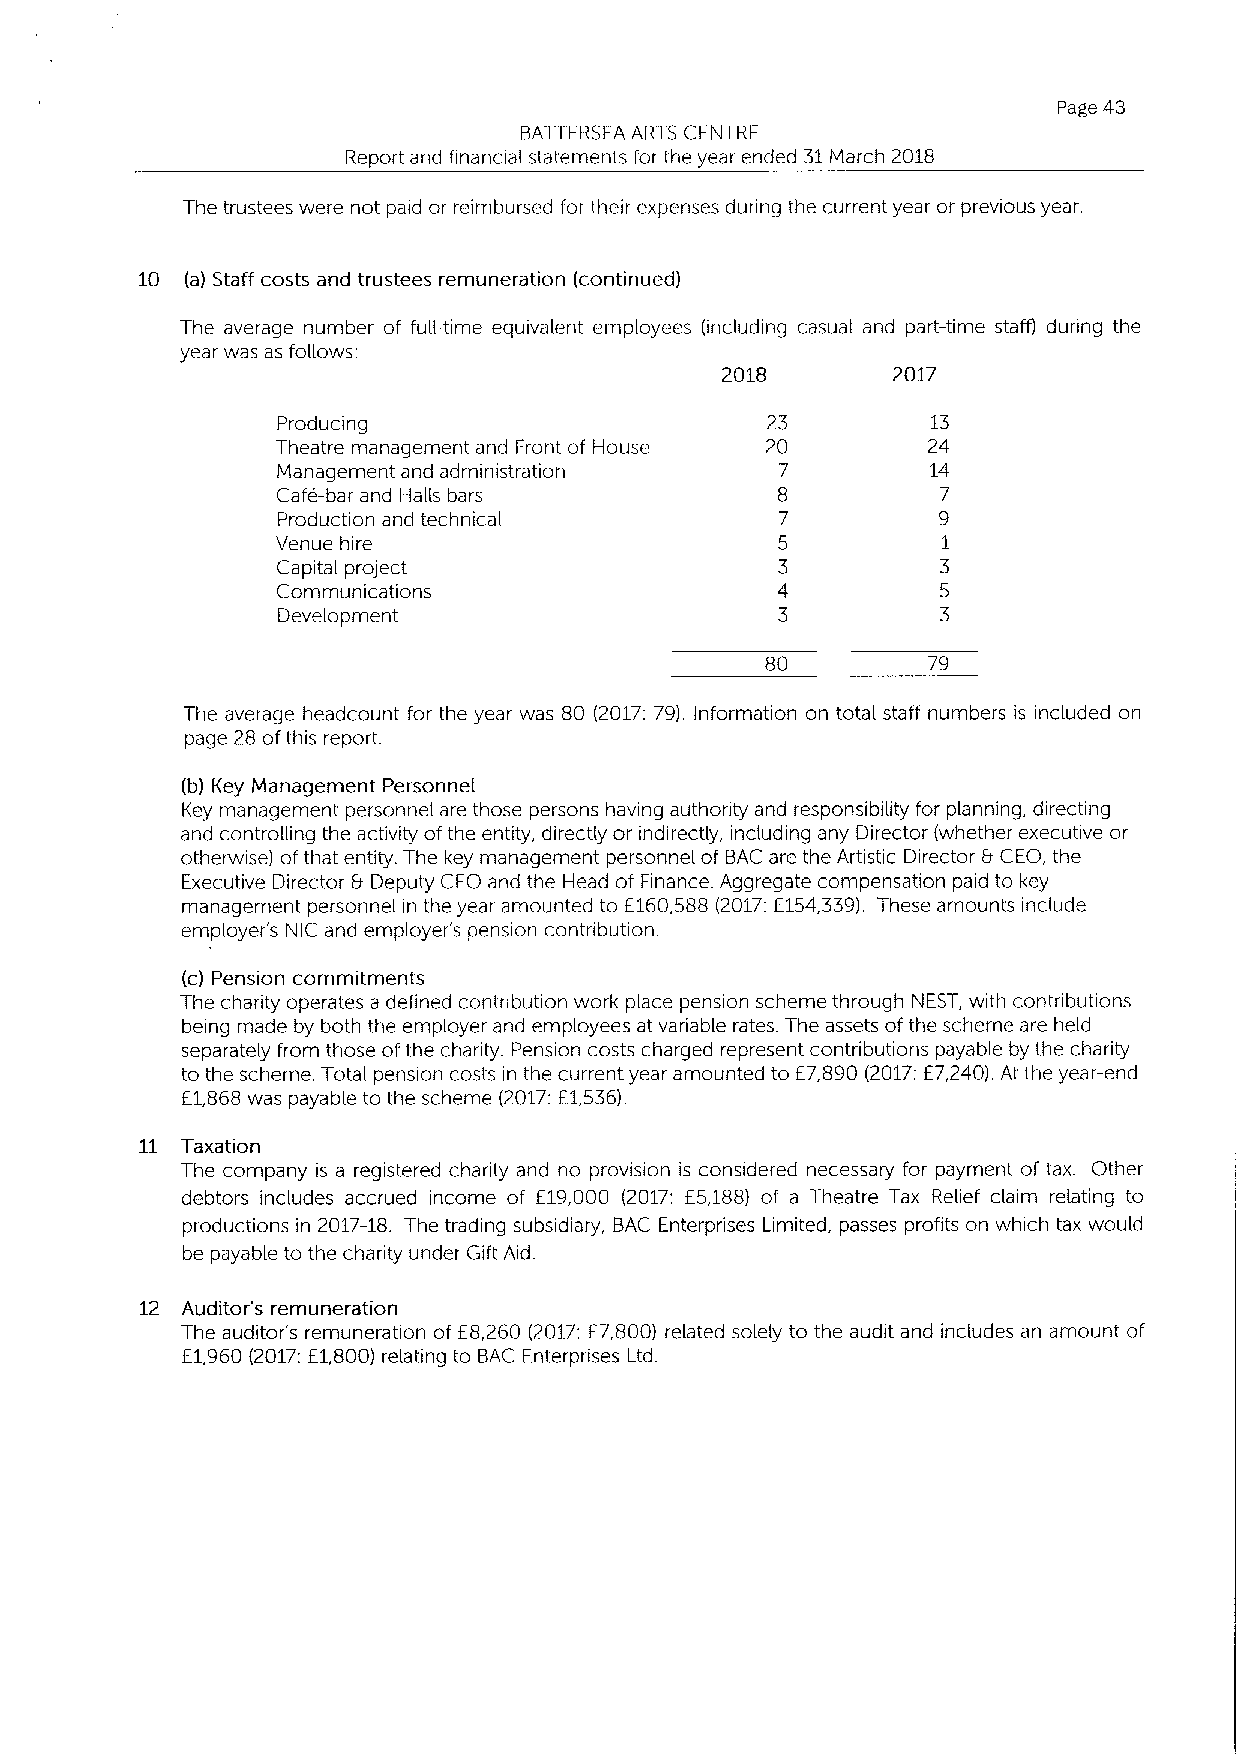
Page 43
 BATTERSEA ARTS CENTRE
 Report and financial statements for the year ended 31March 2018
 The trustees were not paid or reimbursed for their expenses during the current year or previous year.
 10 (a) Staff costs and trustees remuneration (continued)
 The average number of full-time equivalent employees (including casual and part-time staff) during the
 year was as follows:
 2018       2017
 Producing                        23         13
 Theatre management and Front of House 20   24
 Management and administration     7         14
 Cafe-bar and Halls bars          8          7
 Production and technical          7         9
 Venue hire                       5          1
 Capital project                  3          3
 Communications                   4          5
 Development                      3          3
 80        79
 The average headcount for the year was 80 (2017:79). Information on total staff numbers is included on
 page 28 ofthis report.
 (b) Key Management Personnel
 Key management personnel are those persons having authority and responsibility for planning, directing
 and controlling the activity ofthe entity, directly or indirectly, including any Director (whether executive or
 otherwise) ofthat entity. The key management personnel of BAC are the Artistic Director 8 CEO, the
 Executive Director 8- Deputy CEO and the Head of Finance. Aggregate compensation paid to key
 management personnel in the year amounted to E160,588 (2017:E154,339). These amounts include
 employer's NIC and employer's pension contribution.
 (c) Pension commitments
 The charity operates a defined contribution work place pension scheme through NEST, with contributions
 being made by both the employer and employees at variable rates. The assets ofthe scheme are held
 separately from those ofthe charity. Pension costs charged represent contributions payable by the charity
 to the scheme. Total pension costs in the current year amounted to E7,890 (2017:E7,240).At the year-end
 E1,868 was payable to the scheme (2017:E1,536).
 11 Taxation
 The company is a registered charity and no provision is considered necessary for payment of tax. Other
 debtors includes accrued income of E19,000 (2017: E5,188) of a Theatre Tax Relief claim relating to
 productions in 2017-18. The trading subsidiary, BAC Enterprises Limited, passes profits on which tax would
 be payable to the charity under Gift Aid.
 12 Auditor's remuneration
 The auditor's remuneration of E8,260 (2017:E7,800) related solely to the audit and includes an amount of
 E1,960 (2017:E1,800) relating to BAC Enterprises Ltd.